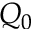
Q _ { 0 }